Indian journal of veterinary science and animal husbandry - Volume 6,
Year: 1936
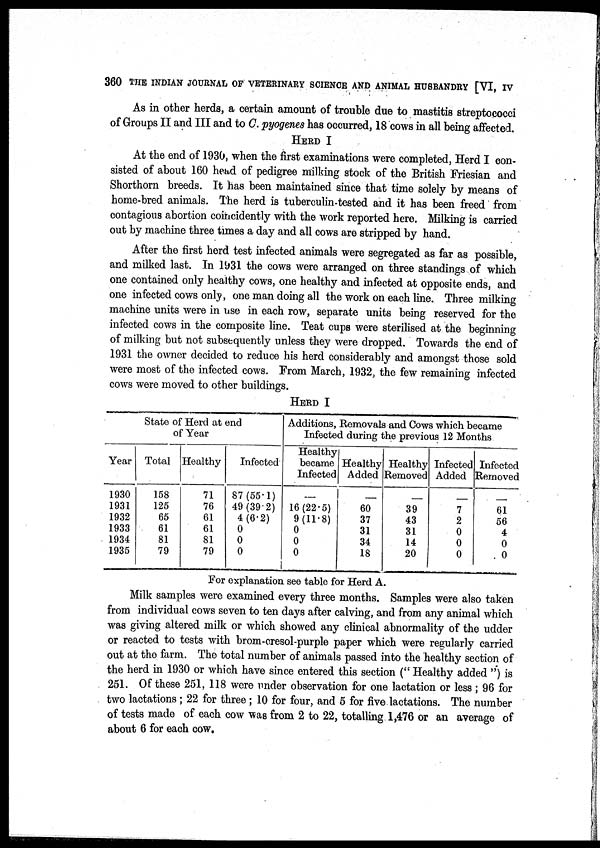
360 THE INDIAN JOURNAL OF VETERINARY SCIENCE AND ANIMAL HUSBANDRY [VI, IV
As in other herds, a certain amount of trouble due to mastitis streptococci
of Groups II and III and to C. pyogenes has occurred, 18 cows in all being affected.
HERD I
At the end of 1930, when the first examinations were completed, Herd I con-
sisted of about 160 head of pedigree milking stock of the British Friesian and
Shorthorn breeds. It has been maintained since that time solely by means of
home-bred animals. The herd is tuberculin-tested and it has been freed from
contagious abortion coincidently with the work reported here. Milking is carried
out by machine three times a day and all cows are stripped by hand.
After the first herd test infected animals were segregated as far as possible,
and milked last. In 1931 the cows were arranged on three standings of which
one contained only healthy cows, one healthy and infected at opposite ends, and
one infected cows only, one man doing all the work on each line. Three milking
machine units were in use in each row, separate units being reserved for the
infected cows in the composite line. Teat cups were sterilised at the beginning
of milking but not subsequently unless they were dropped. Towards the end of
1931 the owner decided to reduce his herd considerably and amongst those sold
were most of the infected cows. From March, 1932, the few remaining infected
cows were moved to other buildings.
HERD I
State of Herd at end
of Year
Year
1930
1931
1932
1933
1934
1935
Total
158
125
65
61
81
79
Healthy
71
76
61
61
81
79
Infected
87(55.1)
49(39.2)
4(6.2)
0
0
0
Additions, Removals and Cows which became
infected duering the previous 12 Months
Healthy
became
Infected
—
16(22.5)
9(11.8)
0
0
0
Healthy
Added
—
60
37
31
34
18
Healthy
Removed
—
39
43
31
14
20
Infected
Added
—
7
2
0
0
0
Infected
Removed
—.
61
56
4
0
0
For explanation see table for Herd A.
Milk samples were examined every three months. Samples were also taken
from individual cows seven to ten days after calving, and from any animal which
was giving altered milk or which showed any clinical abnormality of the udder
or reacted to tests with brom-cresol-purple paper which were regularly carried
out at the farm. The total number of animals passed into the healthy section of
the herd in 1930 or which have since entered this section (" Healthy added ") is
251. Of these 251, 118 were under observation for one lactation or less ; 96 for
two lactations ; 22 for three ; 10 for four, and 5 for five lactations. The number
of tests made of each cow was from 2 to 22, totalling 1,476 or an average of
about 6 for each cow.